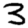
Digit: 3